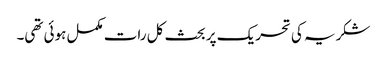
شکریہ کی تحریک پر بحث کل رات مکمل ہوئی تھی۔